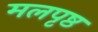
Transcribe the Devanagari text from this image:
मलपृष्ठ